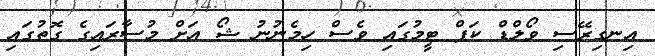
އިނގިރޭސި ވޯލްޑް ކަޕް ޓީމުގައި ވެސް ހިމެނުނު ޝޯ އަށް މުސާރައިގެ ގޮތުގައި